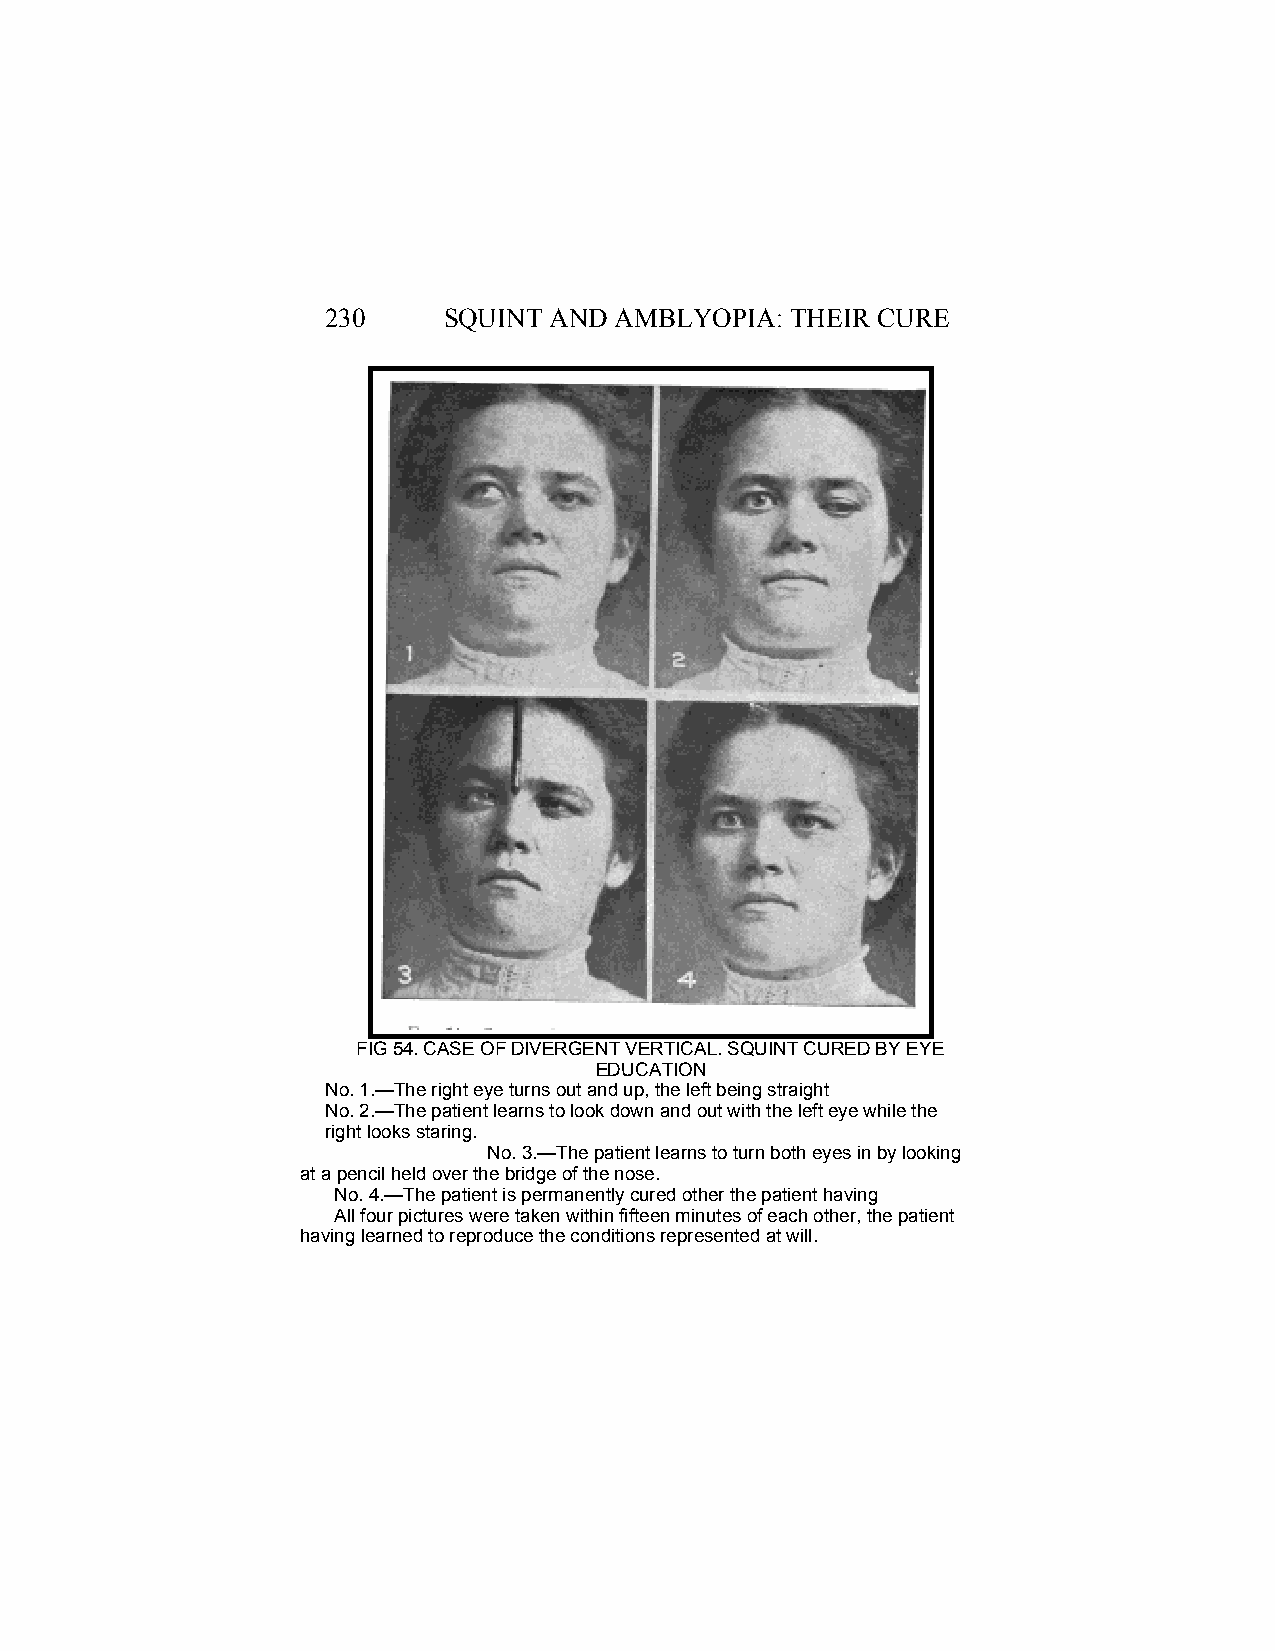
230    SQUINT AND  AMBLYOPIA: THEIR CURE
 FIG 54. CASE OF DIVERGENT VERTICAL. SQUINT CURED BY EYE
 EDUCATION
 No. 1.—The right eye turns out and up, the left being straight
 No. 2.—The patient learns to look down and out with the left eye while the
 right looks staring.
 No. 3.—The patient learns to turn both eyes in by looking
 at a pencil held over the bridge of the nose.
 No. 4.—The patient is permanently cured other the patient having
 All four pictures were taken within fifteen minutes of each other, the patient
 having learned to reproduce the conditions represented at will.